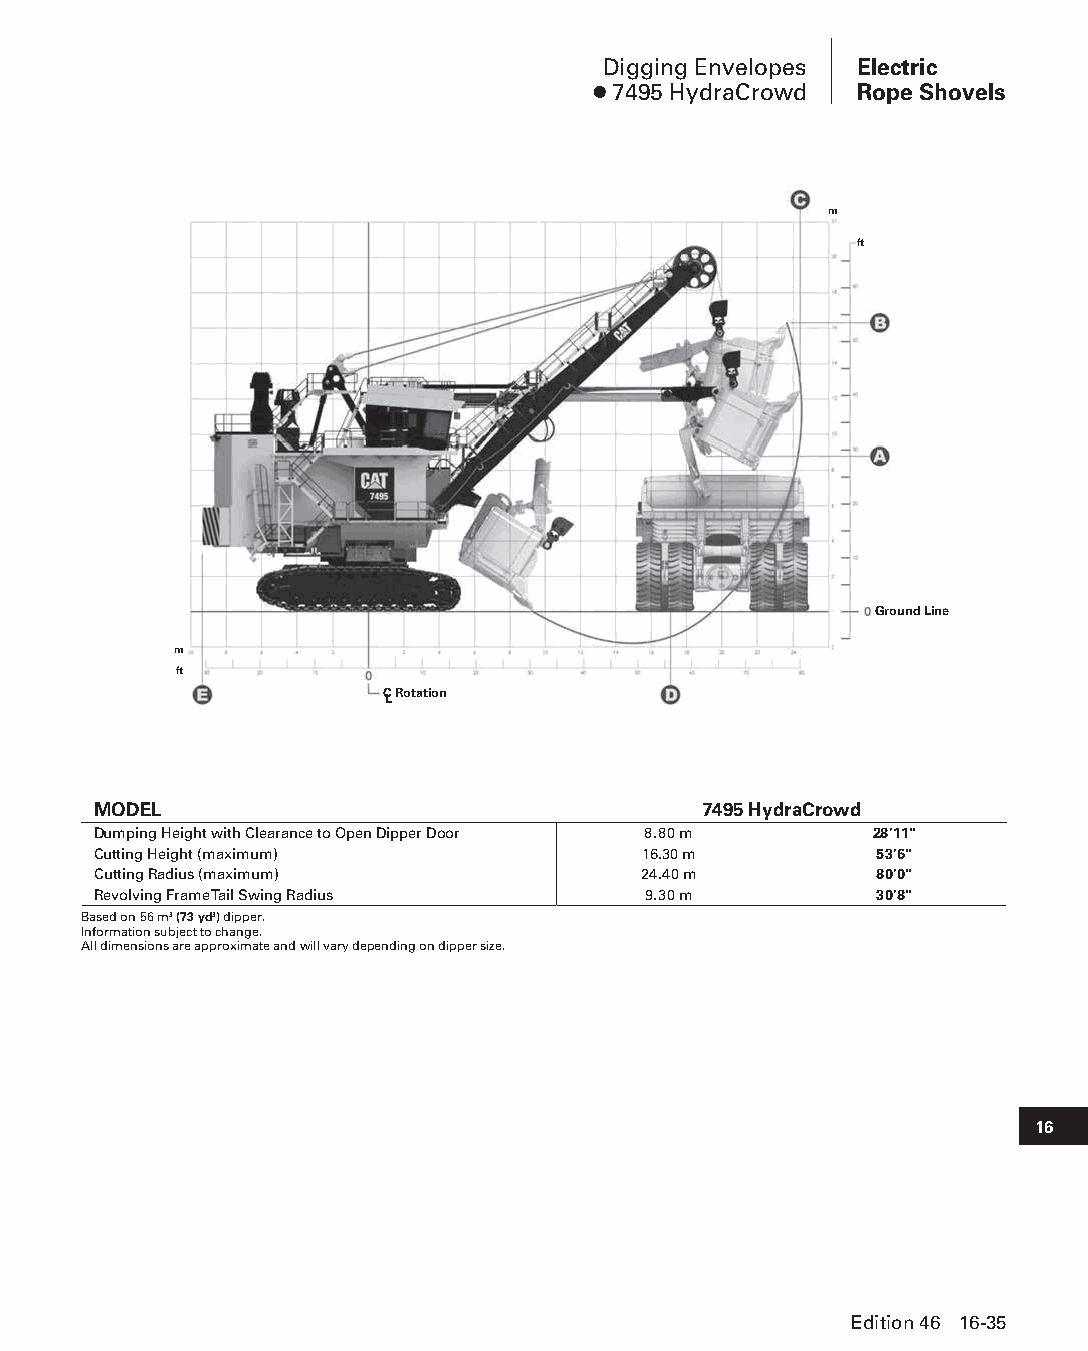
Digging Envelopes Electric
 ● 7495 HydraCrowd Rope Shovels
 m
 ft
 Ground Line
 m
 ft
 CL Rotation
 MODEL                                   7495 HydraCrowd
 Dumping Height with Clearance to Open Dipper Door 8.80 m 28'11"
 Cutting Height (maximum)            16.30 m        53'6"
 Cutting Radius (maximum)            24.40 m        80'0"
 Revolving Frame Tail Swing Radius   9.30 m         30'8"
 Based on 56 m3 (73 yd3) dipper.
 Information subject to change.
 All dimensions are approximate and will vary depending on dipper size.
 16
 Edition 46 16-35
 PPHHBB--SSeecc1166--EElleeccttrriiccRRooppeeSShhoovveellss((ppgg002255--004488))..iinndddd 3355 1122//44//1155 1100::5533 AAMM